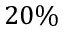
2 0 \%